65_HS1-834228961_62-HQ-83894_Section_8
Agency: FBI
Page 145
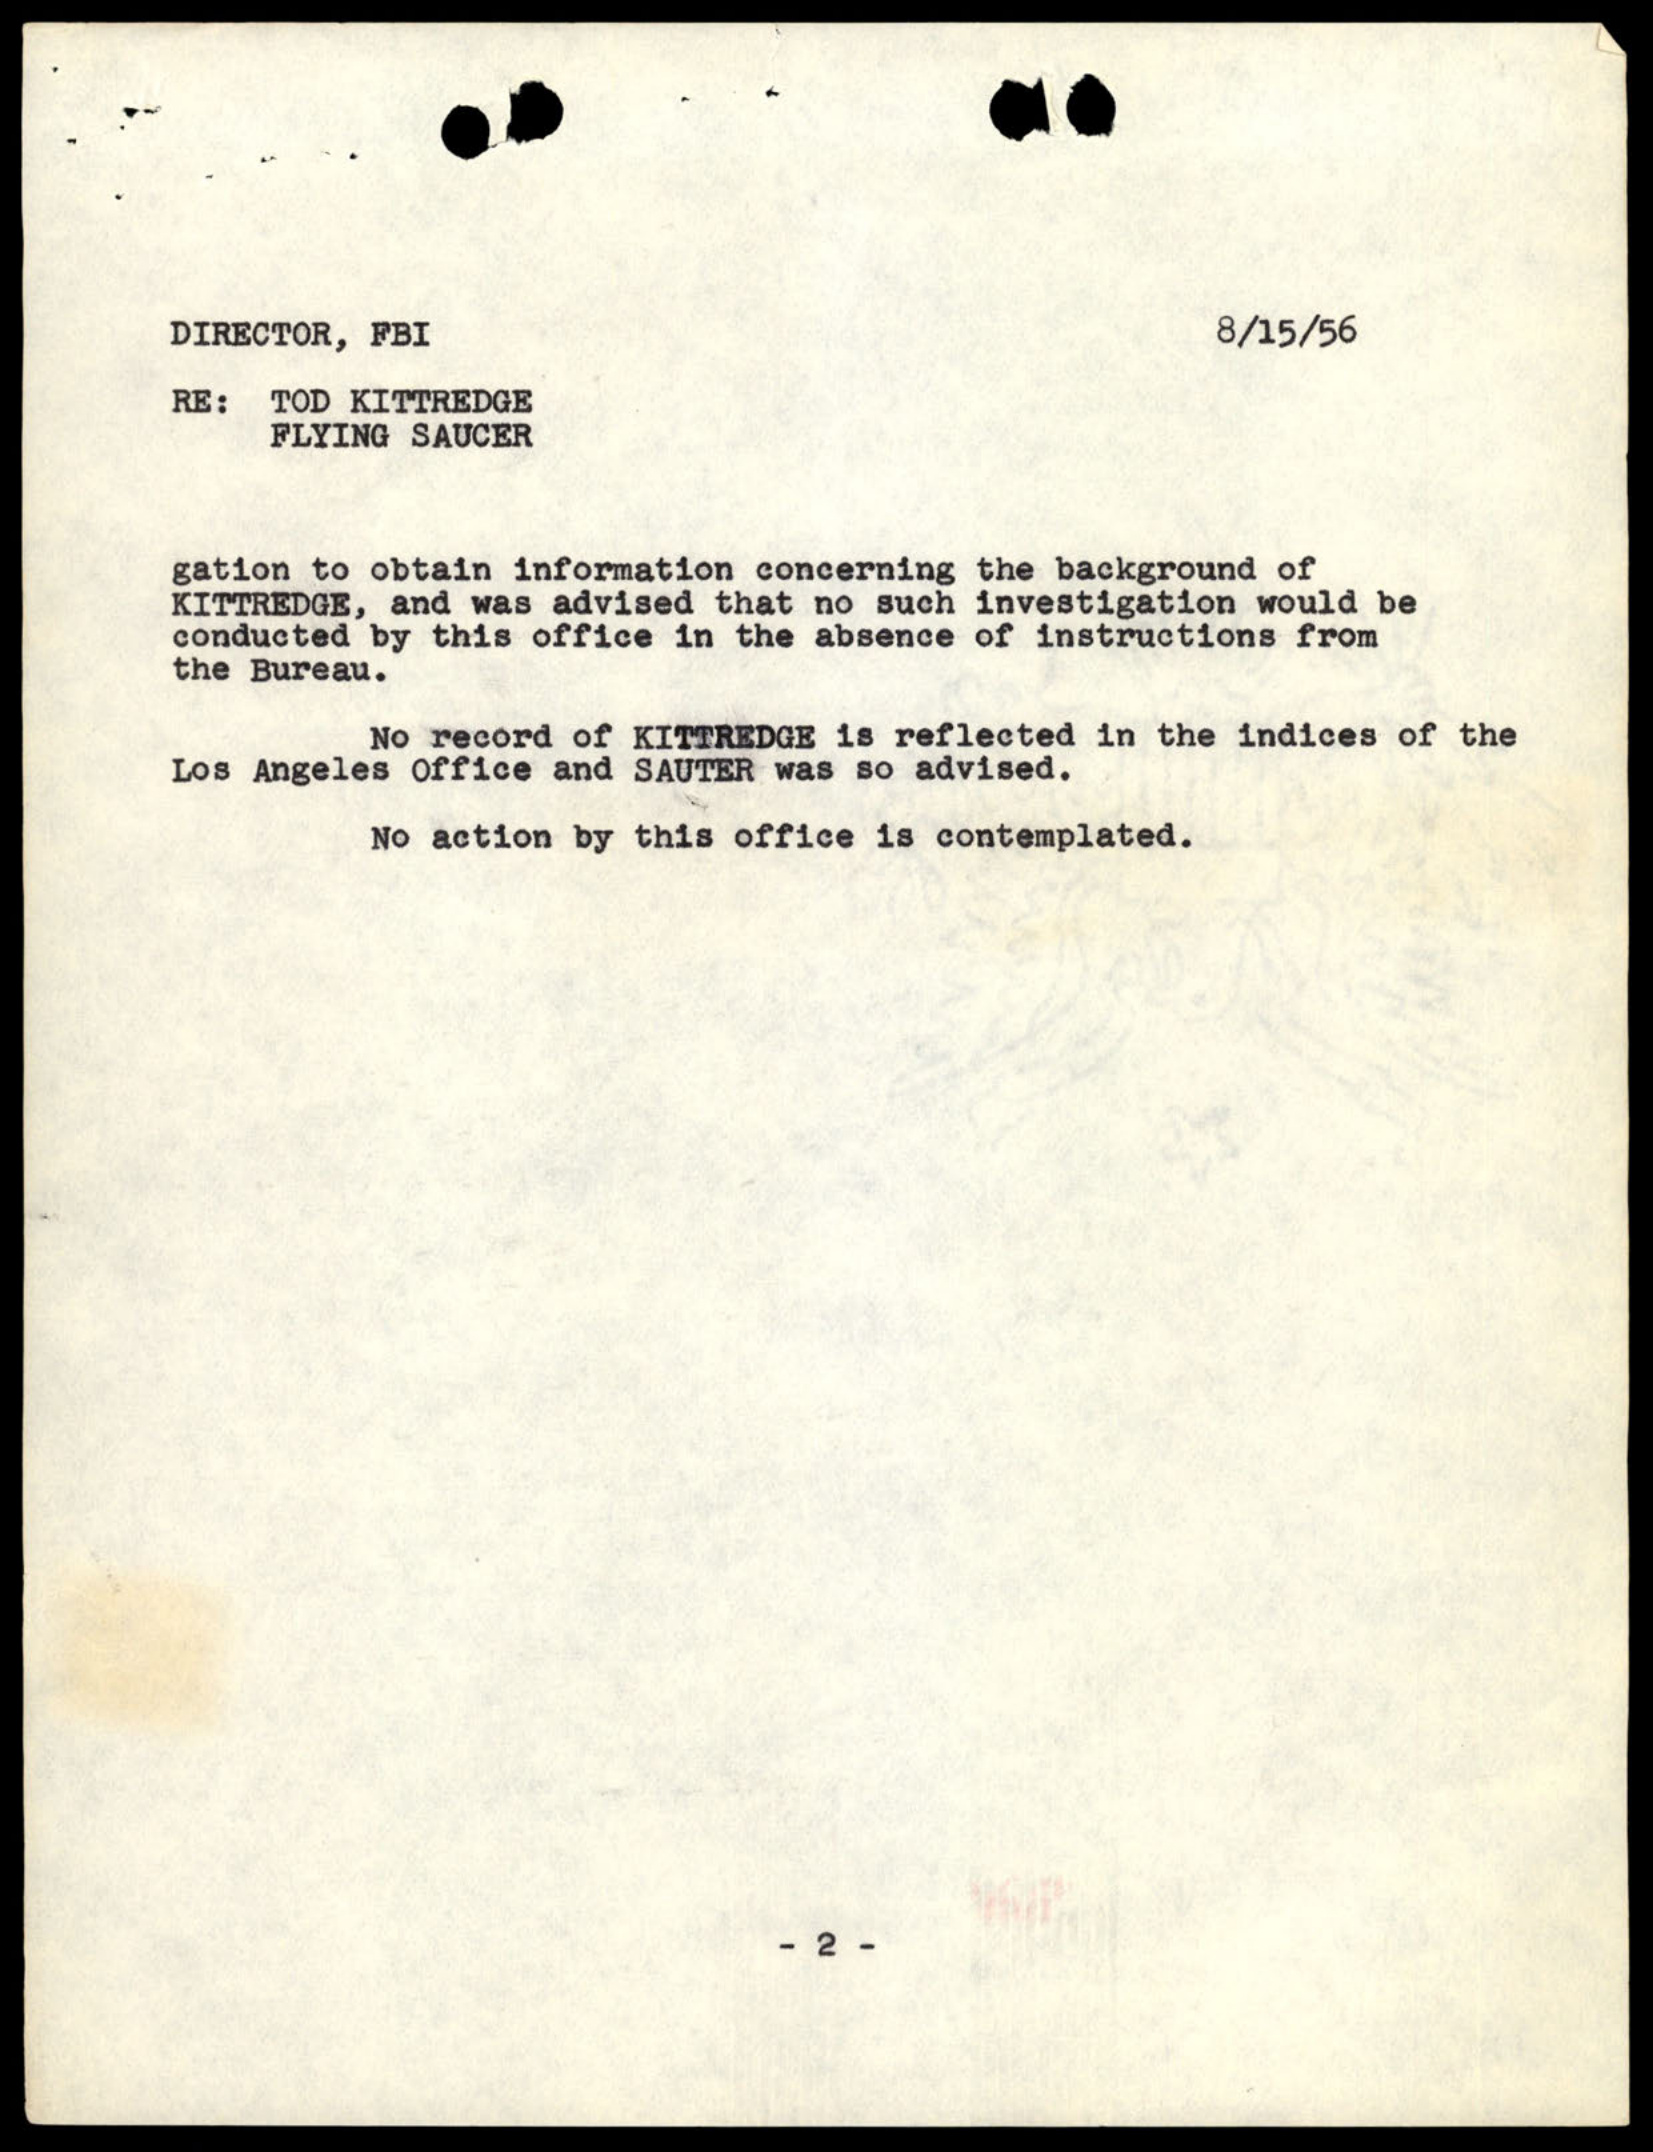